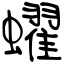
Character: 蠗